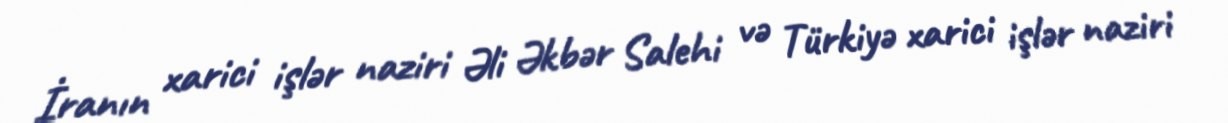
İranın xarici işlər naziri Əli Əkbər Salehi və Türkiyə xarici işlər naziri